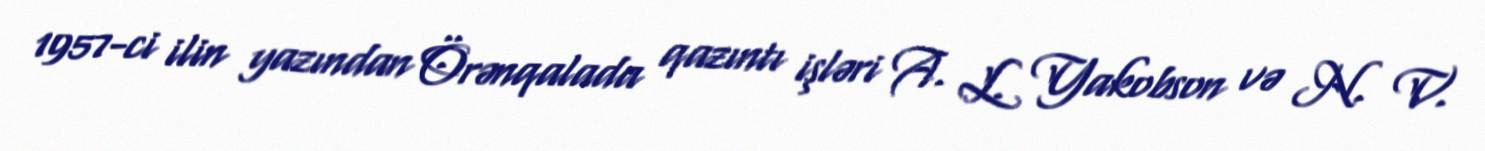
1957-ci ilin yazından Örənqalada qazıntı işləri A. L. Yakobson və N. V.